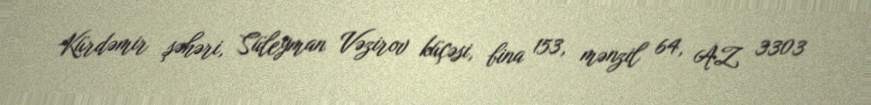
Kürdəmir şəhəri, Süleyman Vəzirov küçəsi, bina 153, mənzil 64, AZ 3303